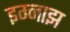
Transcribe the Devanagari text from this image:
इग्नाझ